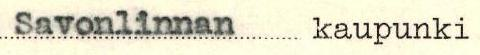
Savonlinnan kaupunki